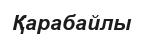
Қарабайлы